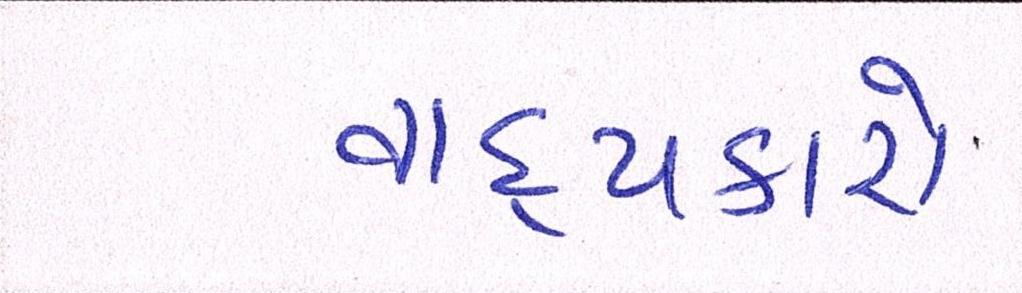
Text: વાદ્યકારો